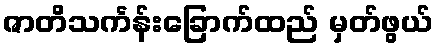
ဇာတိသင်္ကန်းခြောက်ထည် မှတ်ဖွယ်